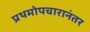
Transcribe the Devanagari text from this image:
प्रथमोपचारानंतर